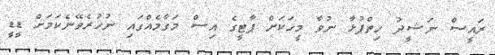
ރައީސް ނަޝީދު ހިތްޕުޅާ ނުވާ މީހަކަށް ޕާޓީގެ އިސް މަގާމެއްގައި ނުހުރެވޭނެކަމަށް ޑީޑީ